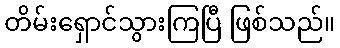
တိမ်းရှောင်သွားကြပြီ ဖြစ်သည်။